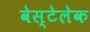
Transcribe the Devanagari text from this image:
वेस्टेलेक